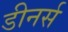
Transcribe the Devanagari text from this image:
डीनर्स